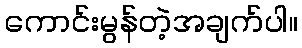
ကောင်းမွန်တဲ့အချက်ပါ။